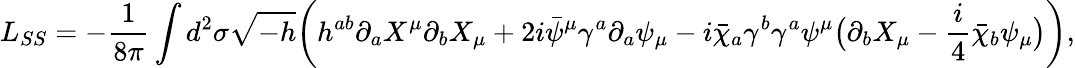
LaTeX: L_{SS}=-{\frac{1}{8\pi}}\int d^{2}\sigma\sqrt{-h}\bigg(h^{ab}\partial_{a}X^{\mu}\partial_{b}X_{\mu}+2i\bar{\psi}^{\mu}\gamma^{a}\partial_{a}\psi_{\mu}-i\bar{\chi}_{a}\gamma^{b}\gamma^{a}\psi^{\mu}\big(\partial_{b}X_{\mu}-{\frac{i}{4}}\bar{\chi}_{b}\psi_{\mu}\big)\bigg),